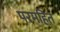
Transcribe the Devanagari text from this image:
परमहित